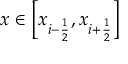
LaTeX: x \in \left[ x _ { i - { \frac { 1 } { 2 } } } , x _ { i + { \frac { 1 } { 2 } } } \right]